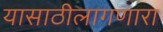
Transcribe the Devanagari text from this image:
यासाठीलागणारा